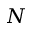
N